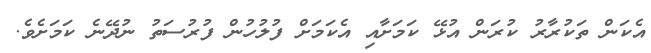
އެކަން ތަކުރާރު ކުރަން އުޅޭ ކަމަށާއި އެކަމަށް ފުލުހުން ފުރުސަތު ނުދޭނެ ކަމަށެވެ.